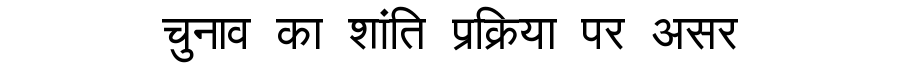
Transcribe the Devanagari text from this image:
चुनाव का शांति प्रक्रिया पर असर